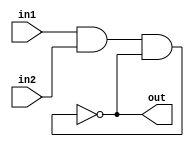
module nandgate(in1, in2, out);
input in1, in2;
output out;

wire in1, in2, out;

nand g1(out, in1, in2, out);
endmodule